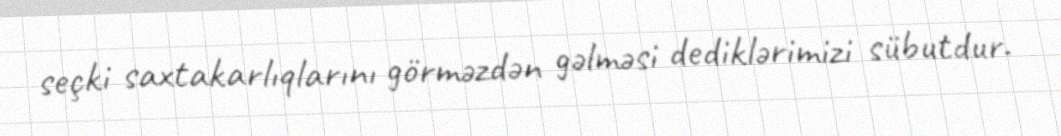
seçki saxtakarlıqlarını görməzdən gəlməsi dediklərimizi sübutdur.